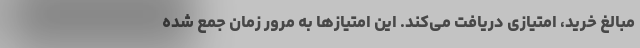
مبالغ خرید، امتیازی دریافت می‌کند. این امتیازها به مرور زمان جمع شده